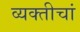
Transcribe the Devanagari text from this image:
व्यक्तीचां